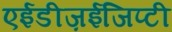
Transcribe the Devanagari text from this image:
एईडीज़ईजिप्टी